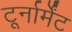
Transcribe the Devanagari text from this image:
टूर्नार्मेंट